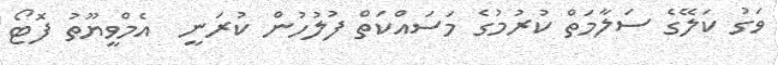
ވަގު ކަލޭގެ ސަލާމަތް ކުރުމުގެ މަސައްކަތް ފުލުހުން ކުރަނީ  އެމްވީޔޫތު ފޮޓޯ